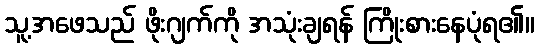
သူ့အဖေသည် ဖိုးဂျက်ကို အသုံးချရန် ကြိုးစားနေပုံရ၏။